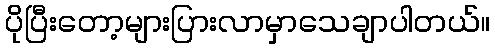
ပိုပြီးတော့များပြားလာမှာသေချာပါတယ်။